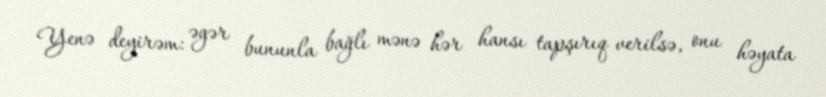
Yenə deyirəm: əgər bununla bağlı mənə hər hansı tapşırıq verilsə, onu həyata